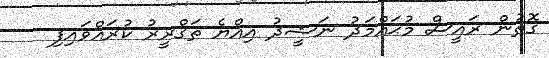
ގޮތުން ރައީސް މުޙައްމަދު ނަޝީދު އިއްޔެ ތަޤްރީރު ކުރައްވައިފި